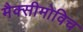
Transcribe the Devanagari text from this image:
मैक्सीमोविच